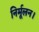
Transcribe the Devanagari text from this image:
निर्मूलन।